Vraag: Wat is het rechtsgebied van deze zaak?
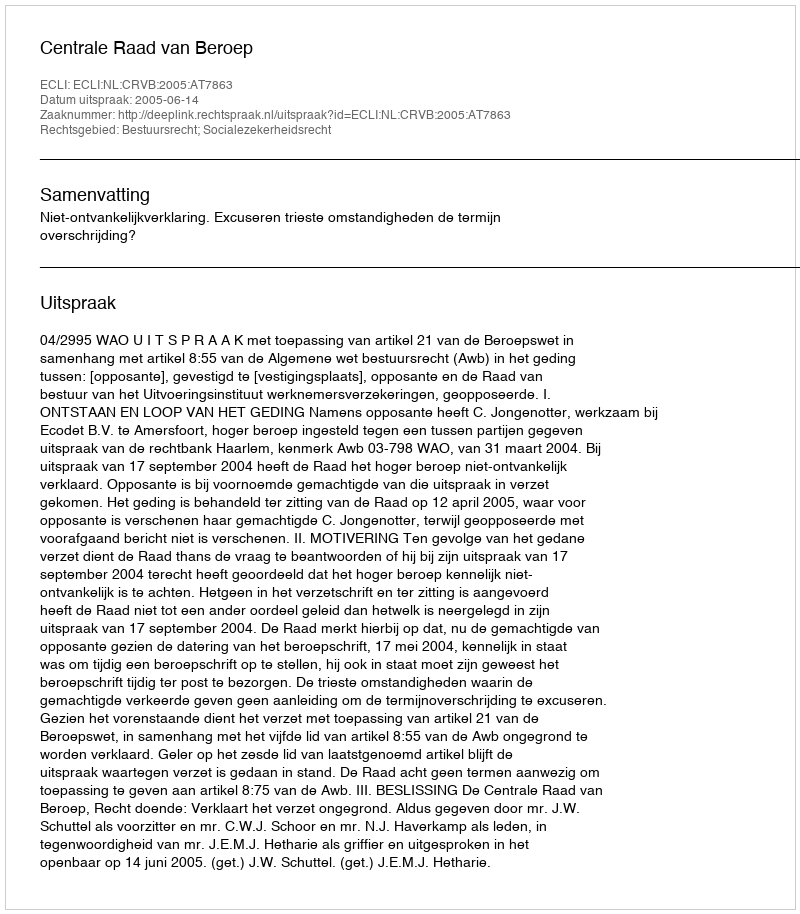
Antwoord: Bestuursrecht; Socialezekerheidsrecht